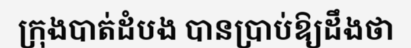
ក្រុងបាត់ដំបង បានប្រាប់ឱ្យដឹងថា